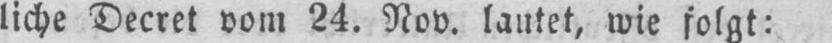
liche Decret vom 24. Nov. lautet, wie folgt: